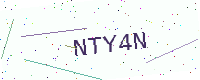
Text: NTY4N